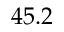
4 5 . 2